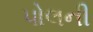
પોલની